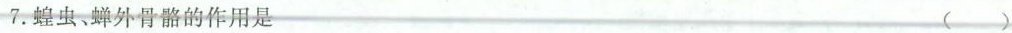
7.蝗虫、蝉外骨骼的作用是 ( )